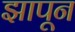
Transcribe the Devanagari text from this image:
झापून